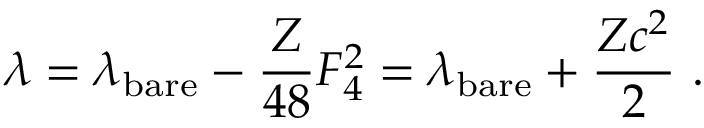
\lambda = \lambda _ { \mathrm { b a r e } } - \frac { Z } { 4 8 } F _ { 4 } ^ { 2 } = \lambda _ { \mathrm { b a r e } } + \frac { Z c ^ { 2 } } { 2 } \ .